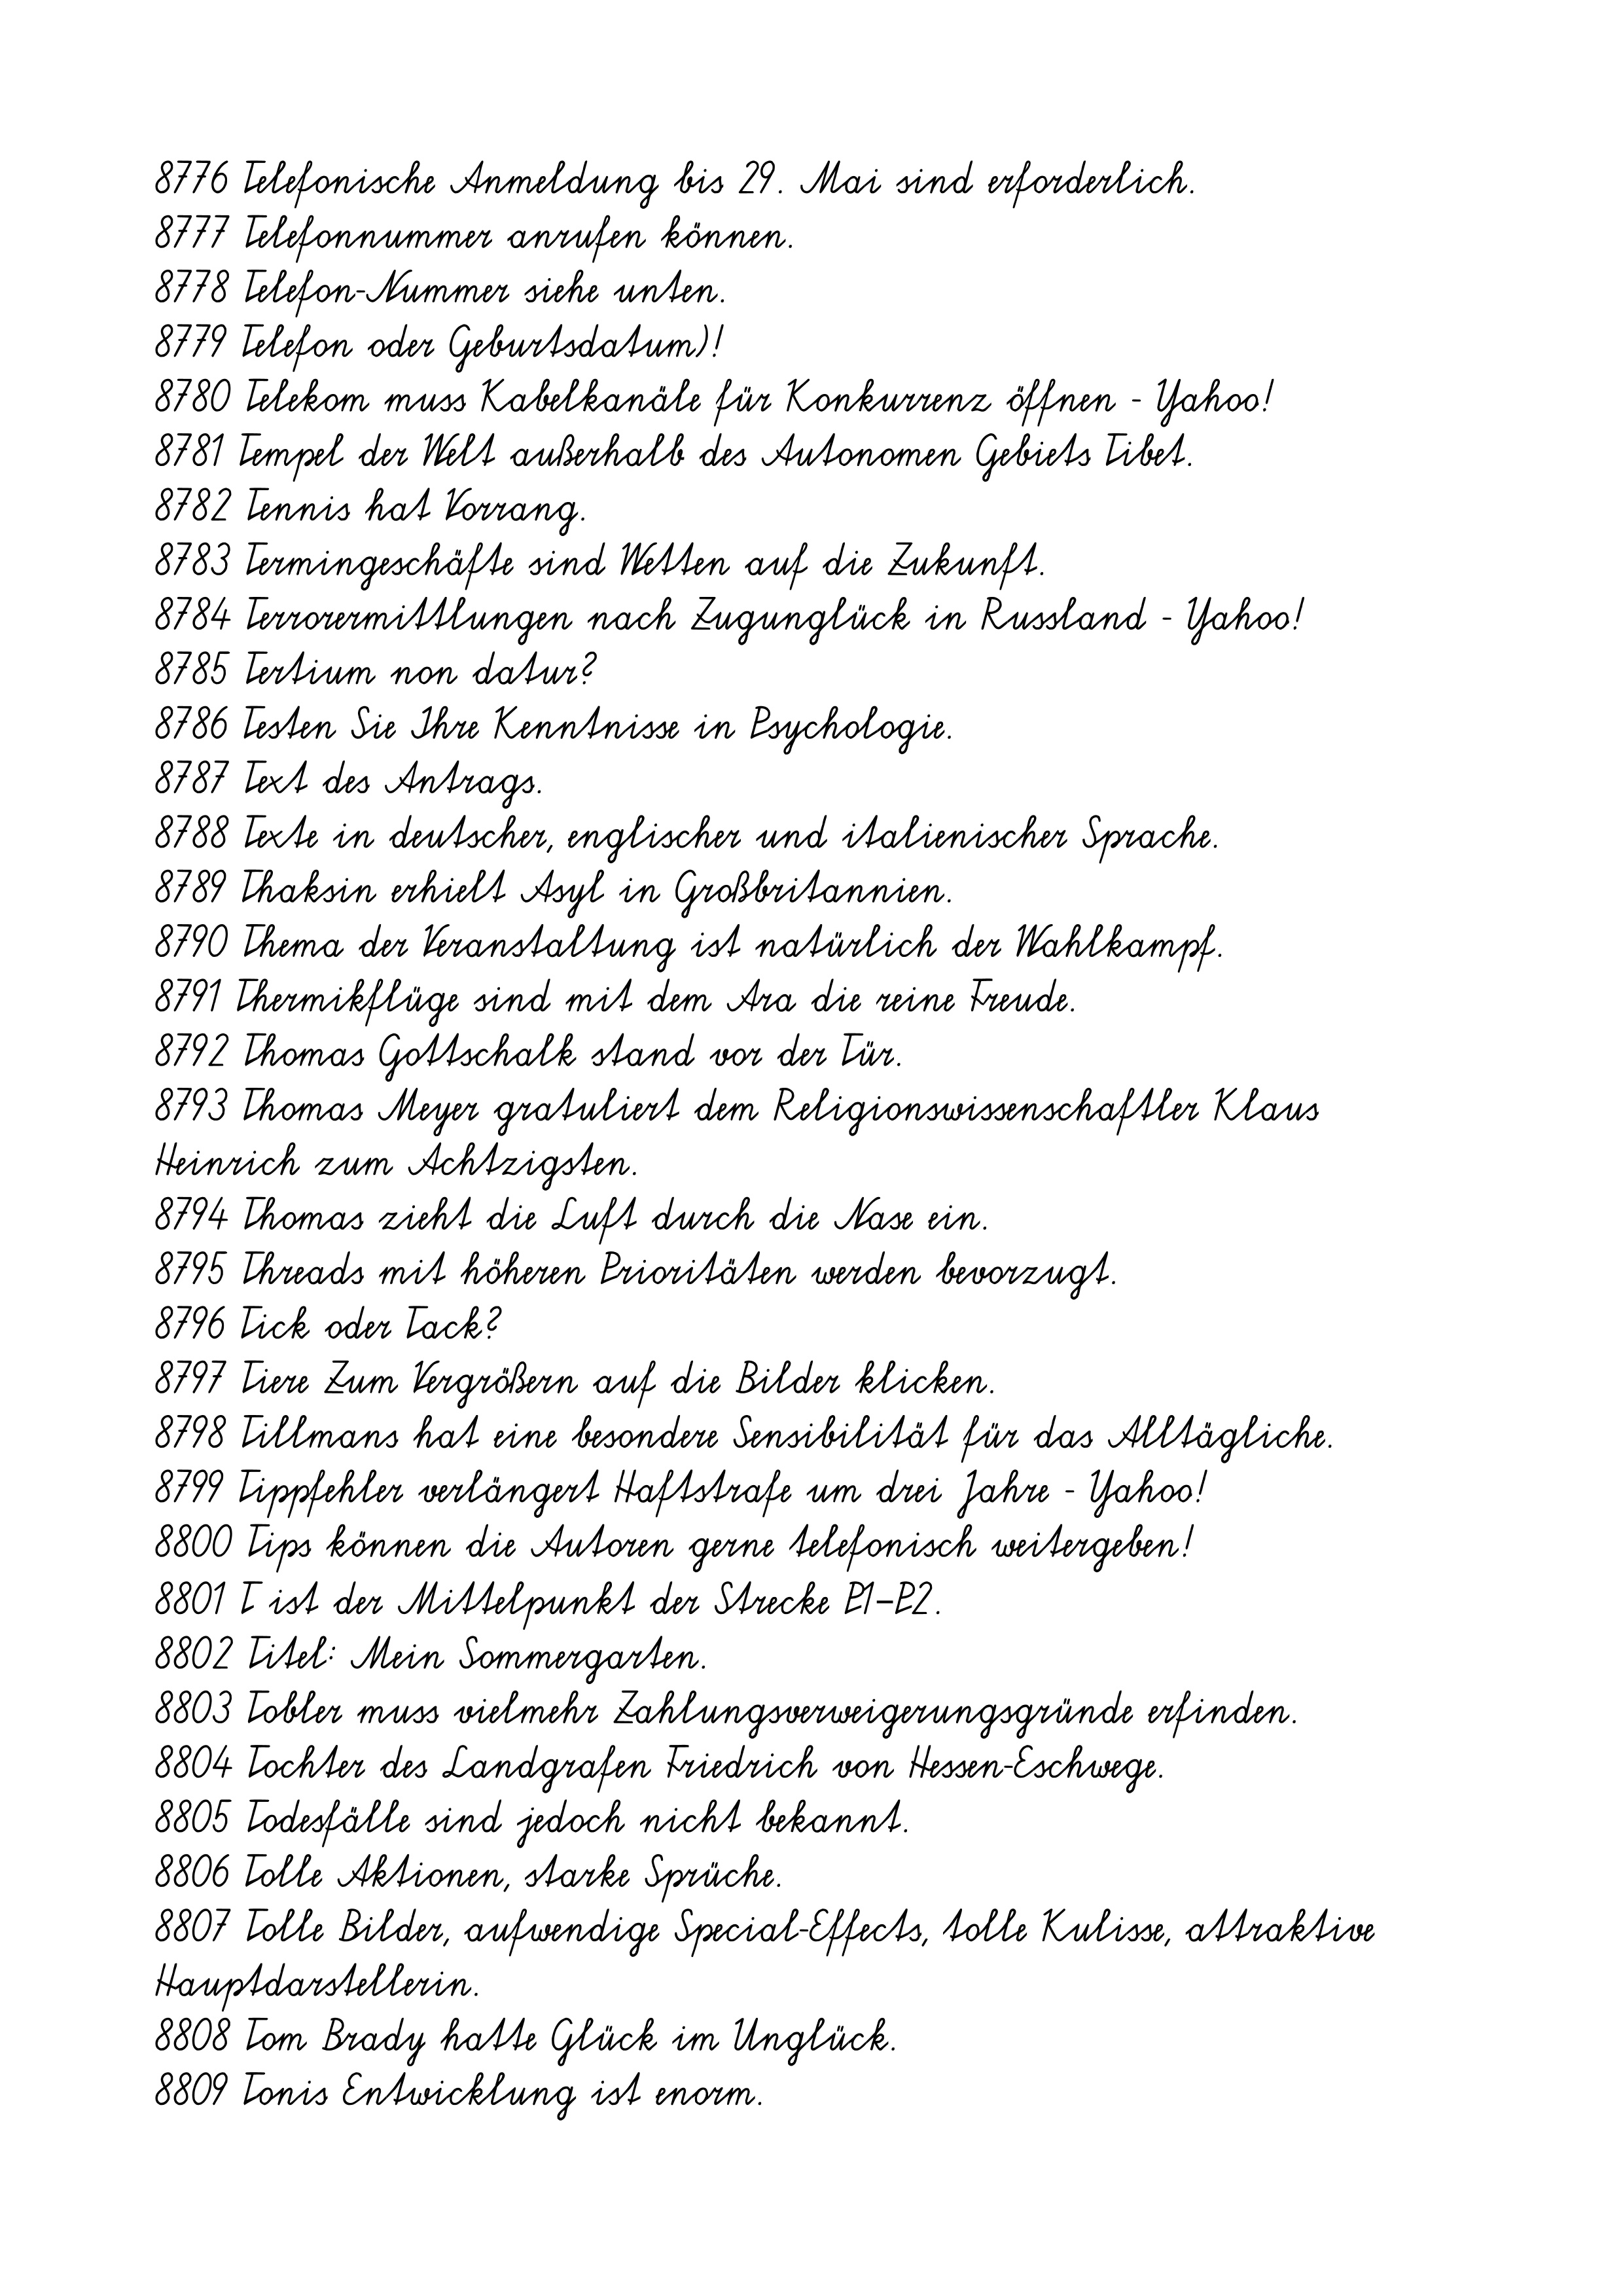
8776 Telefonische Anmeldung bis 29. Mai sind erforderlich.
8777 Telefonnummer anrufen können.
8778 Telefon-Nummer siehe unten.
8779 Telefon oder Geburtsdatum)!
8780 Telekom muss Kabelkanäle für Konkurrenz öffnen - Yahoo!
8781 Tempel der Welt außerhalb des Autonomen Gebiets Tibet.
8782 Tennis hat Vorrang.
8783 Termingeschäfte sind Wetten auf die Zukunft.
8784 Terrorermittlungen nach Zugunglück in Russland - Yahoo!
8785 Tertium non datur?
8786 Testen Sie Ihre Kenntnisse in Psychologie.
8787 Text des Antrags.
8788 Texte in deutscher, englischer und italienischer Sprache.
8789 Thaksin erhielt Asyl in Großbritannien.
8790 Thema der Veranstaltung ist natürlich der Wahlkampf.
8791 Thermikflüge sind mit dem Ara die reine Freude.
8792 Thomas Gottschalk stand vor der Tür.
8793 Thomas Meyer gratuliert dem Religionswissenschaftler Klaus
Heinrich zum Achtzigsten.
8794 Thomas zieht die Luft durch die Nase ein.
8795 Threads mit höheren Prioritäten werden bevorzugt.
8796 Tick oder Tack?
8797 Tiere Zum Vergrößern auf die Bilder klicken.
8798 Tillmans hat eine besondere Sensibilität für das Alltägliche.
8799 Tippfehler verlängert Haftstrafe um drei Jahre - Yahoo!
8800 Tips können die Autoren gerne telefonisch weitergeben!
8801 T ist der Mittelpunkt der Strecke P1–P2.
8802 Titel: Mein Sommergarten.
8803 Tobler muss vielmehr Zahlungsverweigerungsgründe erfinden.
8804 Tochter des Landgrafen Friedrich von Hessen-Eschwege.
8805 Todesfälle sind jedoch nicht bekannt.
8806 Tolle Aktionen, starke Sprüche.
8807 Tolle Bilder, aufwendige Special-Effects, tolle Kulisse, attraktive
Hauptdarstellerin.
8808 Tom Brady hatte Glück im Unglück.
8809 Tonis Entwicklung ist enorm.